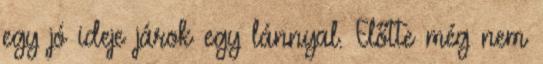
egy jó ideje járok egy lánnyal. Előtte még nem